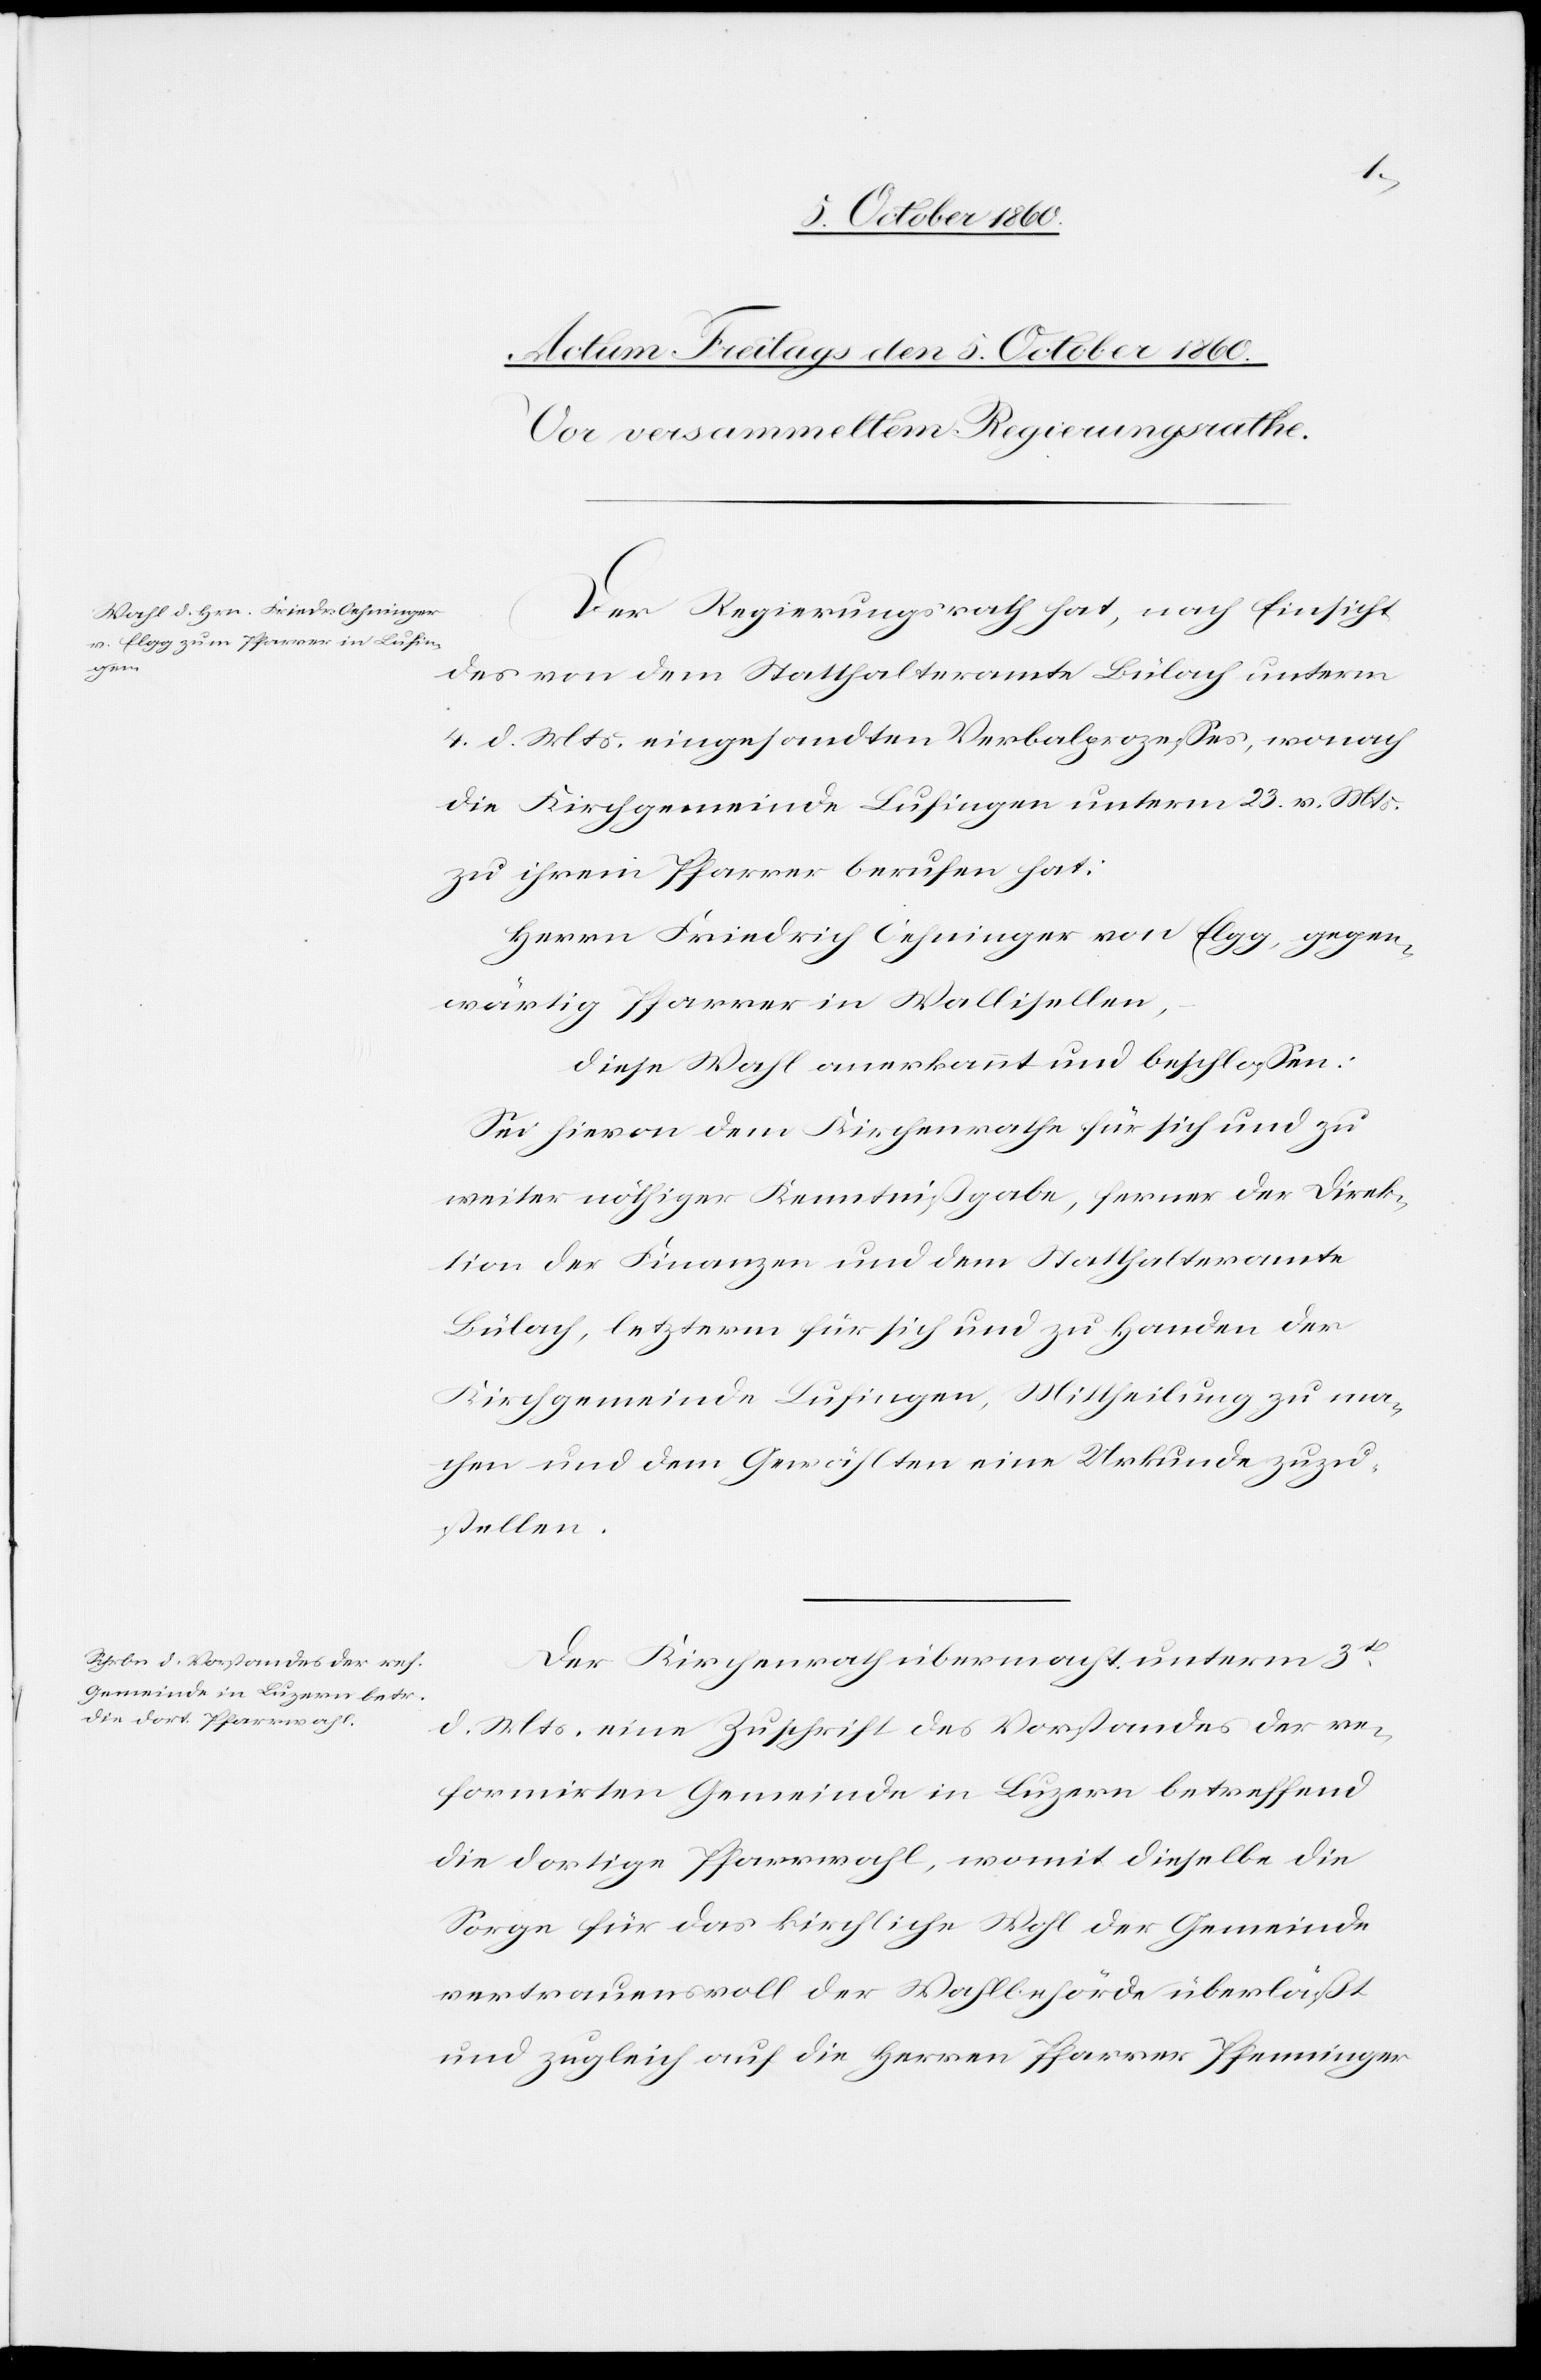
Der Regierungsrath hat, nach Einsicht
des von dem Statthalteramte Bülach unterm
4. d. Mts. eingesandten Verbalprozesses, wonach
die Kirchgemeinde Lufingen unterm 23. v. Mts.
zu ihrem Pfarrer berufen hat:
Herrn Friedrich Oehninger von Elgg, gegen¬
wärtig Pfarrer in Wallisellen.
Diese Wahl anerkannt und beschlossen.
Sei hievon dem Kirchenrathe für sich und zu
weiter nöthiger Kenntnißgabe, ferner der Direk¬
tion der Finanzen und dem Statthalteramte
Bülach, letzterm für sich und zu Handen der
Kirchgemeinde Lufingen, Mittheilung zu ma¬
chen und dem Gewählten eine Urkunde zuzu¬
stellen.
d. Mts. eine Zuschrift des Vorstandes der re¬
formirten Gemeinde in Luzern betreffend
die dortige Pfarrwahl, womit dieselbe die
Sorge für das kirchliche Wohl der Gemeinde
vertrauensvoll der Wahlbehörde überläßt
und zugleich auf die Herren Pfarrer Pfenninger